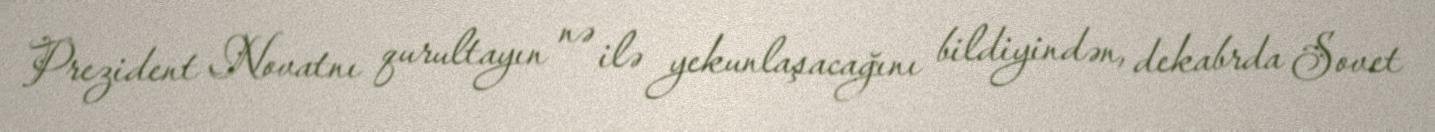
Prezident Novatnı qurultayın nə ilə yekunlaşacağını bildiyindən, dekabrda Sovet